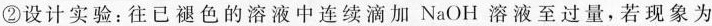
②设计实验：往已褪色的溶液中连续滴加NaOH溶液至过量，若现象为